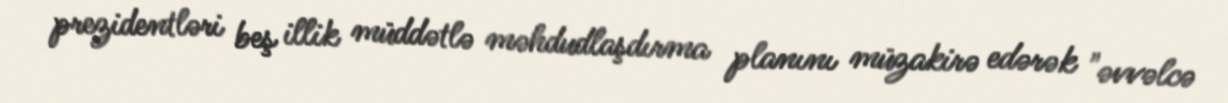
prezidentləri beş illik müddətlə məhdudlaşdırma planını müzakirə edərək "əvvəlcə